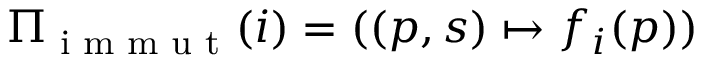
\Pi _ { \textup { i m m u t } } ( i ) = ( ( p , s ) \mapsto f _ { i } ( p ) )